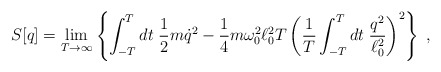
\begin{align*}S[q] = \lim_{T \rightarrow \infty} \left\{\int_{-T}^T dt \; \frac12 m \dot{q}^2 - \frac14 m \omega_0^2 \ell_0^2 T \left({1 \over T} \int_{-T}^T dt\; {q^2 \over \ell_0^2}\right)^2 \right\} \; , \end{align*}